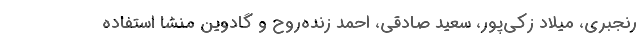
رنجبری، میلاد زکی‌پور، سعید صادقی، احمد زنده‌روح و گادوین منشا استفاده